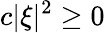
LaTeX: c|\xi|^{2}\geq 0